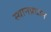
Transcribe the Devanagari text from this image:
स्थानप्रधान